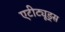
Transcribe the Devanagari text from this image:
एटीट्यूड्स